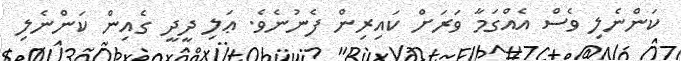
ކަންނެލި ވެސް އެއްގަމާ ވަރަށް ކައިރިން ފެނުނެވެ. ޢަލި ދީދީ ގެއިން ކަންނެލި